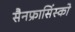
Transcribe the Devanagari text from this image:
सैनफ्रासिंस्को